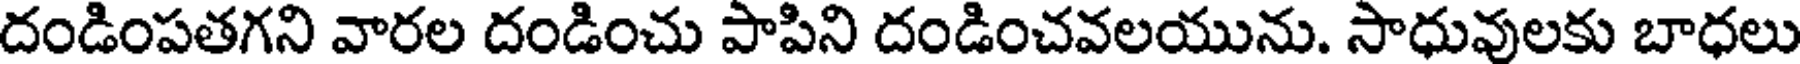
దండింపతగని వారల దండించు పాపిని దండించవలయును. సాధువులకు బాధలు